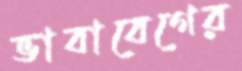
ভাবাবেগের